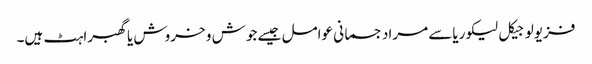
فزیولوجیکل لیکوریاسے مراد جسمانی عوامل جیسے جوش و خروش یاگھبراہٹ ہیں۔